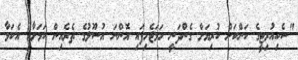
"ސެކިއުރިޓީގެ ކަންކަން ކުރިޔަށް ގެންދަނީ ހަމަޖެހިފައި އޮންނަ އުސޫލުގެ ތެރެއިން ކަމަށާއި އެކަމާ